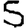
Digit: 5